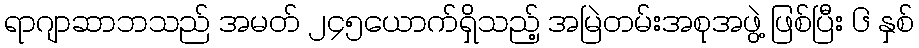
ရာဂျာဆာဘသည် အမတ် ၂၄၅ယောက်ရှိသည့် အမြဲတမ်းအစုအဖွဲ့ ဖြစ်ပြီး ၆ နှစ်